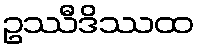
ဥဿီဒိဿထ